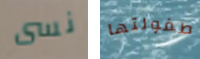
نسى طفولتها